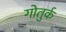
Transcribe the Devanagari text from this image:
गोतुर्क